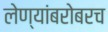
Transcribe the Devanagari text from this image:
लेण्यांबरोबरच